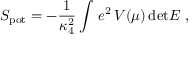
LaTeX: S _ { \mathrm { p o t } } = - { \frac { 1 } { \kappa _ { 4 } ^ { 2 } } } \int \, e ^ { 2 } \, V ( \mu ) \, \mathrm { d e t } E ~ ,